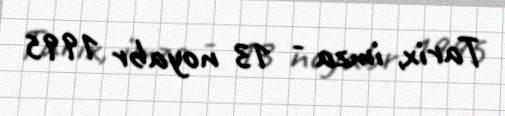
Tarix, imza - 13 noyabr 1995